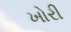
ખોરી